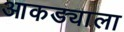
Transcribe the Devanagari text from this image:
आकड्याला